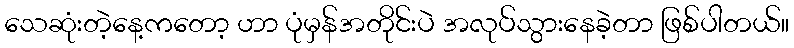
သေဆုံးတဲ့နေ့ကတော့ ဟာ ပုံမှန်အတိုင်းပဲ အလုပ်သွားနေခဲ့တာ ဖြစ်ပါတယ်။